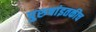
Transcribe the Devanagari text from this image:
पुरुषांइतकीच